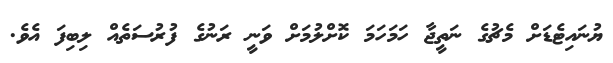
ޔުނައިޓެޑަށް މެޗުގެ ނަތީޖާ ހަމަހަމަ ކޮށްލުމަށް ވަނީ ރަނުގެ ފުރުސަތެއް ލިބިފަ އެވެ.